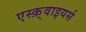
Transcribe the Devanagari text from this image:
एस्क़्वाइयर्स